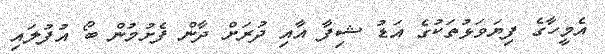
އެމީހާގެ ފިޔަވަޅުތަކުގެ އަޑު ޝިފާ އާއި ދުރަށް ދާން ފެށުމުން ބޯ އުފުލައި